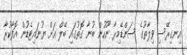
އިނގިރޭސި ވިލާތުގެ ސަންޑޭމިރާ ނޫހުން ބުނާ ގޮތުގައި ބޭލް އަށް ޔުނައިޓެޑުން އޮފާކުރާ